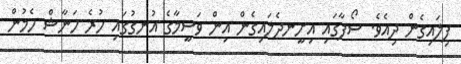
ފިލައިގެން ދިއެވެ. ސޯފާގައި އިށީނދެލައިގެން އިން ވަސީމާގެ އުނގުގައި ހުރެ ހަނާޝް ހެމުން